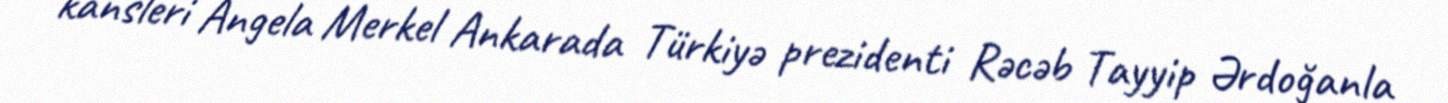
kansleri Angela Merkel Ankarada Türkiyə prezidenti Rəcəb Tayyip Ərdoğanla